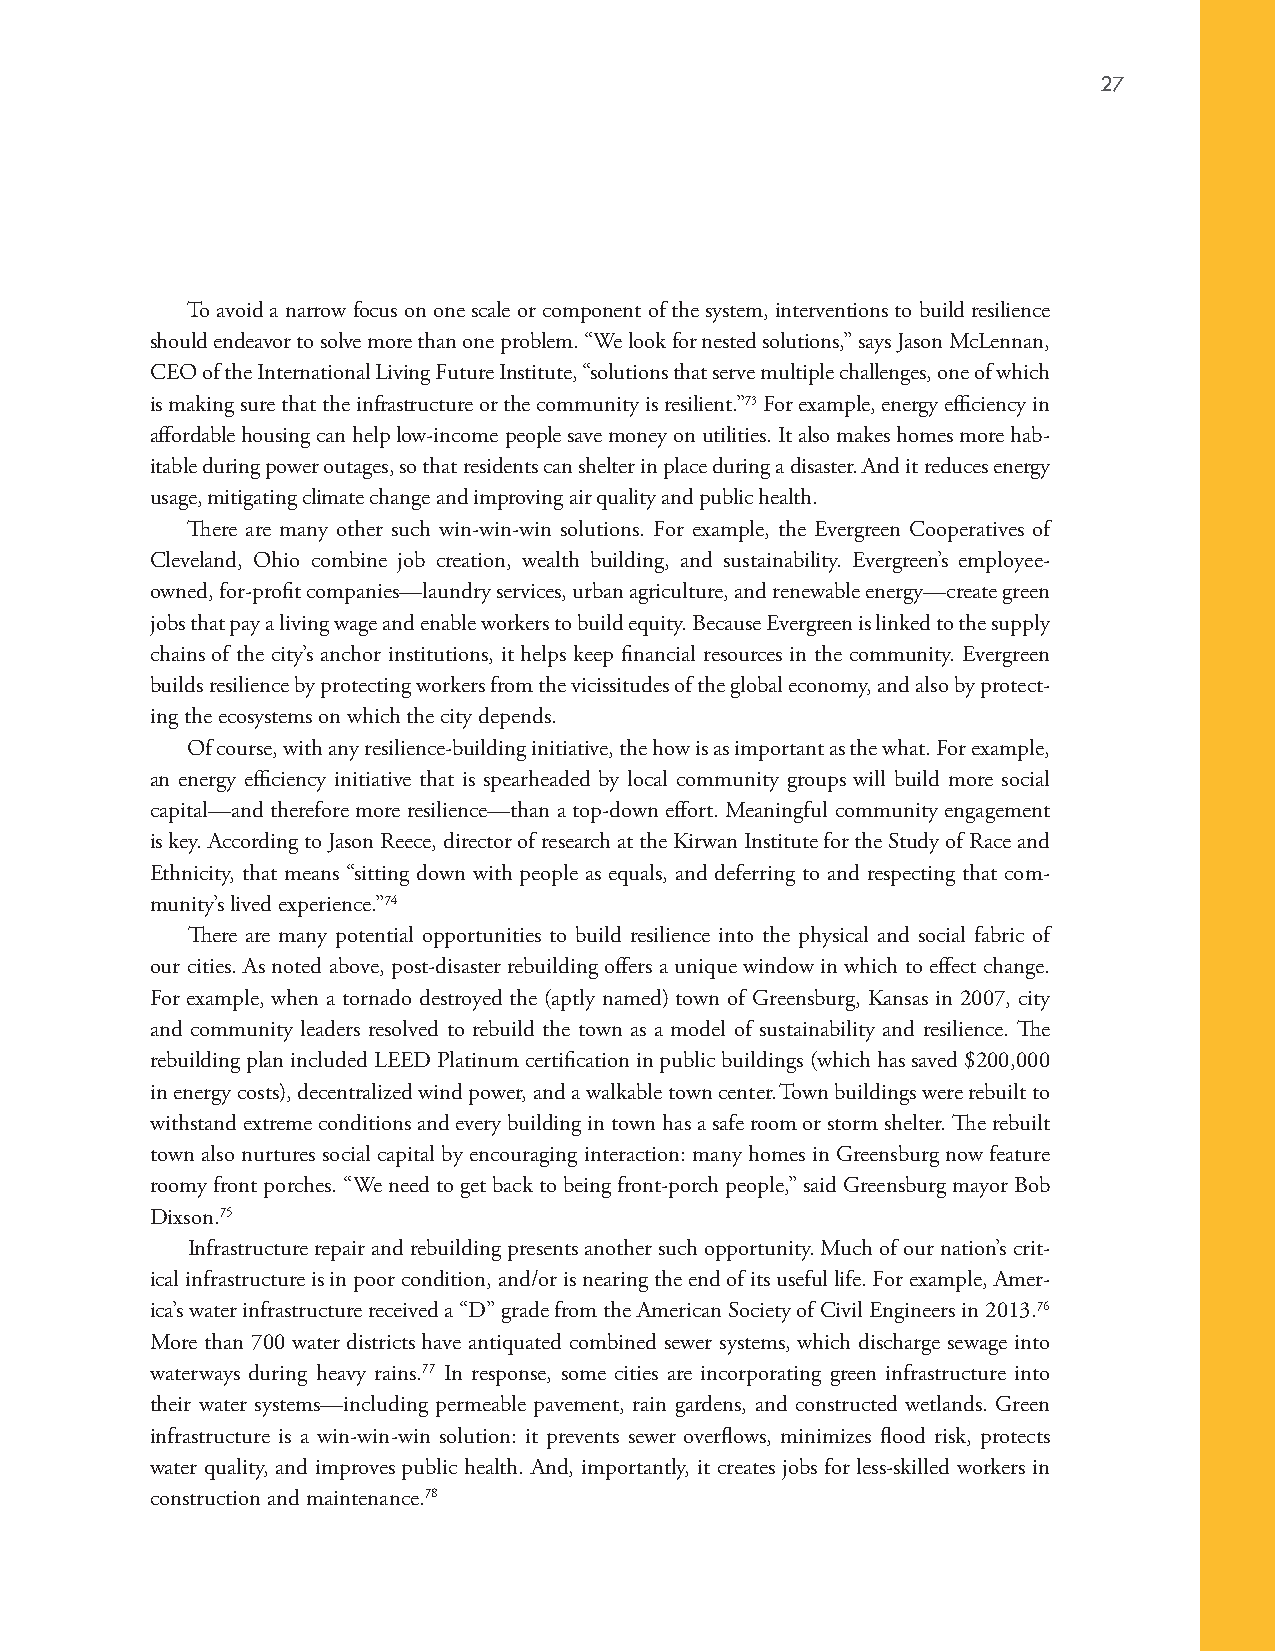
27
 To avoid a narrow focus on one scale or component of the system, interventions to build resilience
 should endeavor to solve more than one problem. “We look for nested solutions,” says Jason McLennan,
 CEO of the International Living Future Institute, “solutions that serve multiple challenges, one of which
 is making sure that the infrastructure or the community is resilient.”73 For example, energy efficiency in
 affordable housing can help low-income people save money on utilities. It also makes homes more hab-
 itable during power outages, so that residents can shelter in place during a disaster. And it reduces energy
 usage, mitigating climate change and improving air quality and public health.
 There are many other such win-win-win solutions. For example, the Evergreen Cooperatives of
 Cleveland, Ohio combine job creation, wealth building, and sustainability. Evergreen’s employee-
 owned, for-profit companies—laundry services, urban agriculture, and renewable energy—create green
 jobs that pay a living wage and enable workers to build equity. Because Evergreen is linked to the supply
 chains of the city’s anchor institutions, it helps keep financial resources in the community. Evergreen
 builds resilience by protecting workers from the vicissitudes of the global economy, and also by protect-
 ing the ecosystems on which the city depends.
 Of course, with any resilience-building initiative, the how is as important as the what. For example,
 an energy efficiency initiative that is spearheaded by local community groups will build more social
 capital—and therefore more resilience—than a top-down effort. Meaningful community engagement
 is key. According to Jason Reece, director of research at the Kirwan Institute for the Study of Race and
 Ethnicity, that means “sitting down with people as equals, and deferring to and respecting that com-
 munity’s lived experience.”74
 There are many potential opportunities to build resilience into the physical and social fabric of
 our cities. As noted above, post-disaster rebuilding offers a unique window in which to effect change.
 For example, when a tornado destroyed the (aptly named) town of Greensburg, Kansas in 2007, city
 and community leaders resolved to rebuild the town as a model of sustainability and resilience. The
 rebuilding plan included LEED Platinum certification in public buildings (which has saved $200,000
 in energy costs), decentralized wind power, and a walkable town center. Town buildings were rebuilt to
 withstand extreme conditions and every building in town has a safe room or storm shelter. The rebuilt
 town also nurtures social capital by encouraging interaction: many homes in Greensburg now feature
 roomy front porches. “We need to get back to being front-porch people,” said Greensburg mayor Bob
 Dixson.75
 Infrastructure repair and rebuilding presents another such opportunity. Much of our nation’s crit-
 ical infrastructure is in poor condition, and/or is nearing the end of its useful life. For example, Amer-
 ica’s water infrastructure received a “D” grade from the American Society of Civil Engineers in 2013.76
 More than 700 water districts have antiquated combined sewer systems, which discharge sewage into
 waterways during heavy rains.77 In response, some cities are incorporating green infrastructure into
 their water systems—including permeable pavement, rain gardens, and constructed wetlands. Green
 infrastructure is a win-win-win solution: it prevents sewer overflows, minimizes flood risk, protects
 water quality, and improves public health. And, importantly, it creates jobs for less-skilled workers in
 construction and maintenance.78